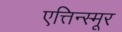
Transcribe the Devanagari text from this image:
एत्तिन्स्मूर